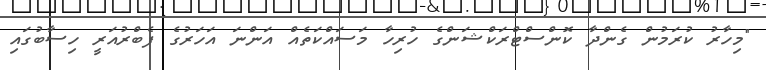
"މިހާރު ކުރަމުން ގެންދާ ކޮންސްޓްރަކްޝަންގެ ހުރިހާ މަސައްކަތެއް އަންނަ އަހަރުގެ ފެބްރުއަރީ ހިސާބުގައި